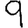
Digit: 9